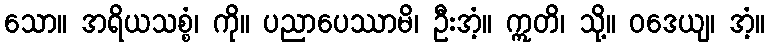
သော။ အရိယသစ္စံ၊ ကို။ ပညာပေဿာမိ၊ ဦးအံ့။ ဣတိ၊ သို့။ ဝဒေယျ၊ အံ့။